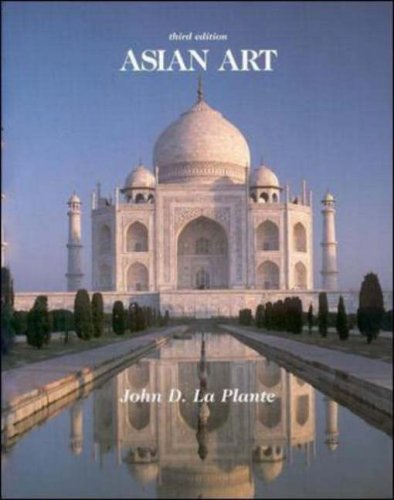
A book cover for Asian Art; John Laplante; Religion & Spirituality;